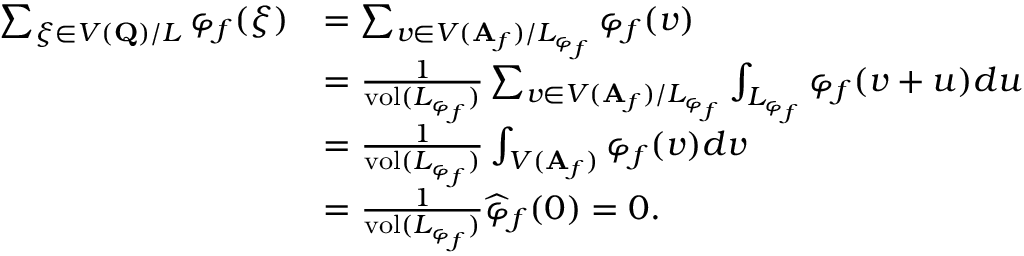
\begin{array} { r l } { \sum _ { \xi \in V ( \mathbf { Q } ) / L } \varphi _ { f } ( \xi ) } & { = \sum _ { v \in V ( \mathbf { A } _ { f } ) / L _ { \varphi _ { f } } } \varphi _ { f } ( v ) } \\ & { = \frac { 1 } { \mathrm { v o l } ( L _ { \varphi _ { f } } ) } \sum _ { v \in V ( \mathbf { A } _ { f } ) / L _ { \varphi _ { f } } } \int _ { L _ { \varphi _ { f } } } \varphi _ { f } ( v + u ) d u } \\ & { = \frac { 1 } { \mathrm { v o l } ( L _ { \varphi _ { f } } ) } \int _ { V ( \mathbf { A } _ { f } ) } \varphi _ { f } ( v ) d v } \\ & { = \frac { 1 } { \mathrm { v o l } ( L _ { \varphi _ { f } } ) } \widehat { \varphi } _ { f } ( 0 ) = 0 . } \end{array}